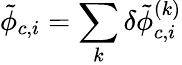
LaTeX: \tilde{\phi}_{c,i}=\sum_{k}\delta\tilde{\phi}_{c,i}^{(k)}